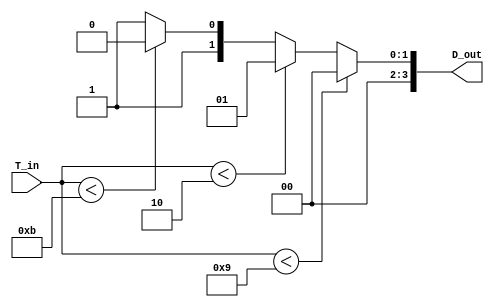
module thermal_encoder (
    input [3:0] T_in,      // 4-bit input representing analog temperature signal
    output reg [3:0] D_out // 4-bit digital output
);

// Define reference voltage levels as 4-bit values
localparam THRESHOLD_1 = 4'd25; // 25C
localparam THRESHOLD_2 = 4'd50; // 50C
localparam THRESHOLD_3 = 4'd75; // 75C

always @(*) begin
    // Default output
    D_out = 4'd0;

    // Comparator logic
    if (T_in < THRESHOLD_1) begin
        D_out = 4'd0; // Below 25C
    end else if (T_in < THRESHOLD_2) begin
        D_out = 4'd1; // Between 25C and 50C
    end else if (T_in < THRESHOLD_3) begin
        D_out = 4'd2; // Between 50C and 75C
    end else begin
        D_out = 4'd3; // Above 75C
    end
end

endmodule